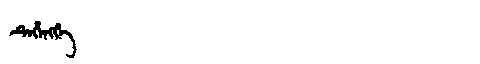
Manchu: ᡨᡝᡥᡝᠩᡤᡝ
Romanization: TEHENGGE